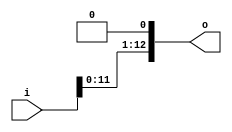
`timescale 1ns / 1ps
/*
* Left shifts a 13-bit input i
* one place to the left for a
* 13-bit output o.
* Input: i
* Output: o
*/
module lshift13_1 (o, i);
input[12:0] i;
output[12:0] o;
reg [12:0] o;
always @ (i)
begin
o = i << 1;
end
endmodule